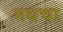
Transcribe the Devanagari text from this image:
मधचा